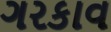
ગરકાવ